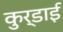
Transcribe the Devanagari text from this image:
कुर्डाई